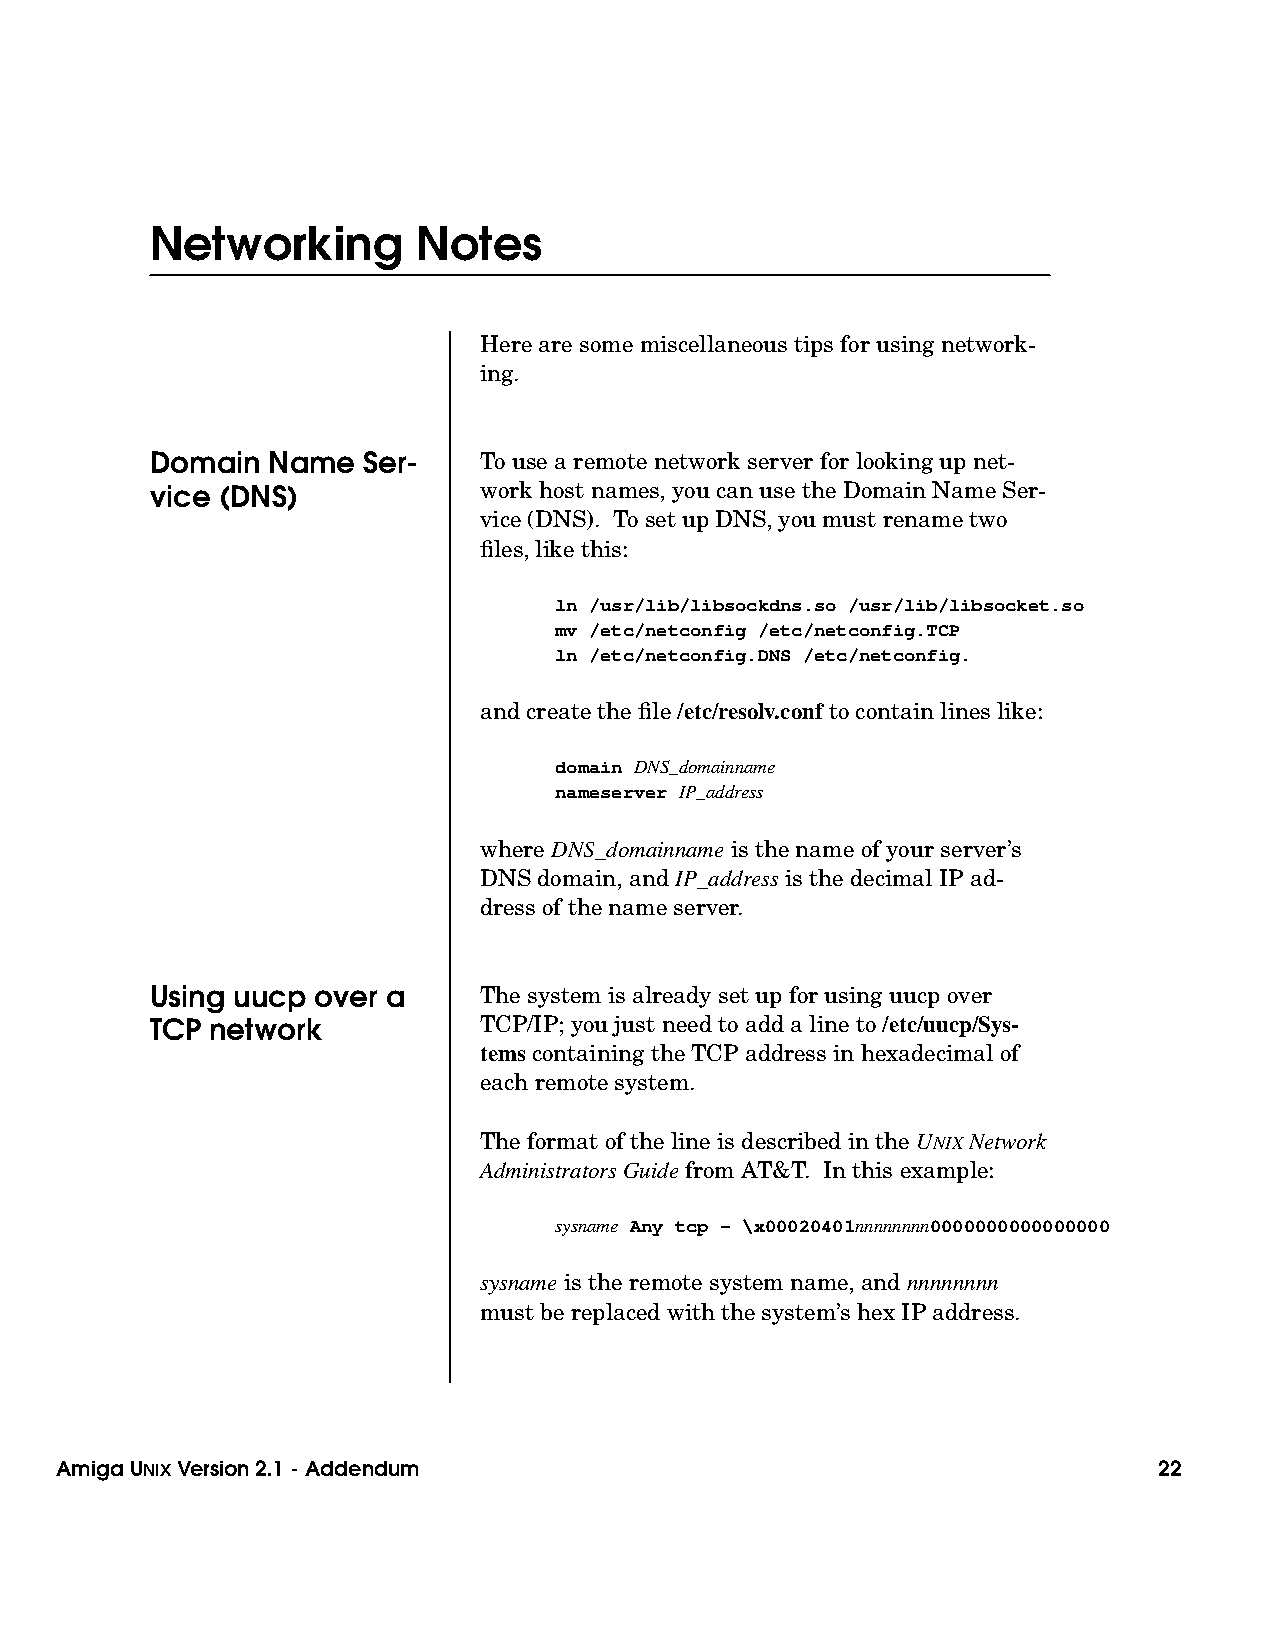
Networking        Notes
 Here are some miscellaneous tips for using network-
 ing.
 Domain  Name  Ser-    To use a remote network server for looking up net-
 vice (DNS)            work host names, you can use the Domain Name Ser-
 vice (DNS). To set up DNS, you must rename two
 files, like this:
 ln /usr/lib/libsockdns.so /usr/lib/libsocket.so
 mv /etc/netconfig /etc/netconfig.TCP
 ln /etc/netconfig.DNS /etc/netconfig.
 and create the file /etc/resolv.conf to contain lines like:
 domain DNS_domainname
 nameserver IP_address
 where DNS_domainname is the name of your server’s
 DNS domain, and IP_address is the decimal IP ad-
 dress of the name server.
 Using uucp over a     The system is already set up for using uucp over
 TCP network           TCP/IP; you just need to add a line to /etc/uucp/Sys-
 tems containing the TCP address in hexadecimal of
 each remote system.
 The format of the line is described in the UNIXNetwork
 AdministratorsGuide from AT&T. In this example:
 sysname Any tcp - \x00020401nnnnnnnn0000000000000000
 sysname is the remote system name, and nnnnnnnn
 must be replaced with the system’s hex IP address.
 Amiga UNIXVersion 2.1 - Addendum                                         22